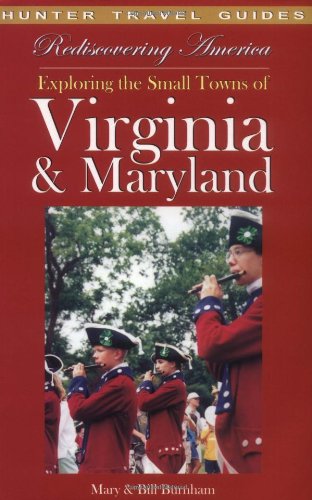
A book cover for Rediscovering America Exploring the Small Towns of Virginia & Maryland; William J. Burnham; Travel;